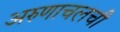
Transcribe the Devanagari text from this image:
अरुणाचलची